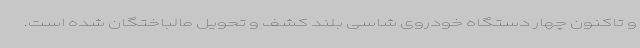
و تاکنون چهار دستگاه خودروی شاسی بلند کشف و تحویل مالباختگان شده است.